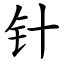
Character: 针